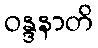
ဝန္ဒနာတိ